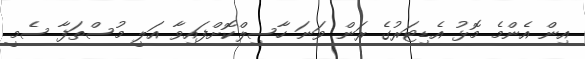
އިން އެންމެ މޮޅު އެޑިޓަރުގެ ރަން ވަނަ ހާސިލްކޮށްފައިވާ އަލީ މުސްތަފާ ސެމީ